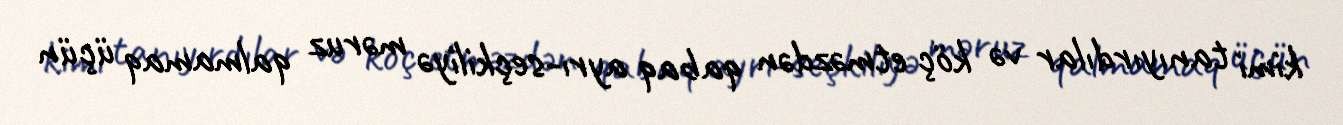
kimi tanıyırdılar və köç etməzdən qabaq ayrı-seçkiliyə məruz qalmamaq üçün